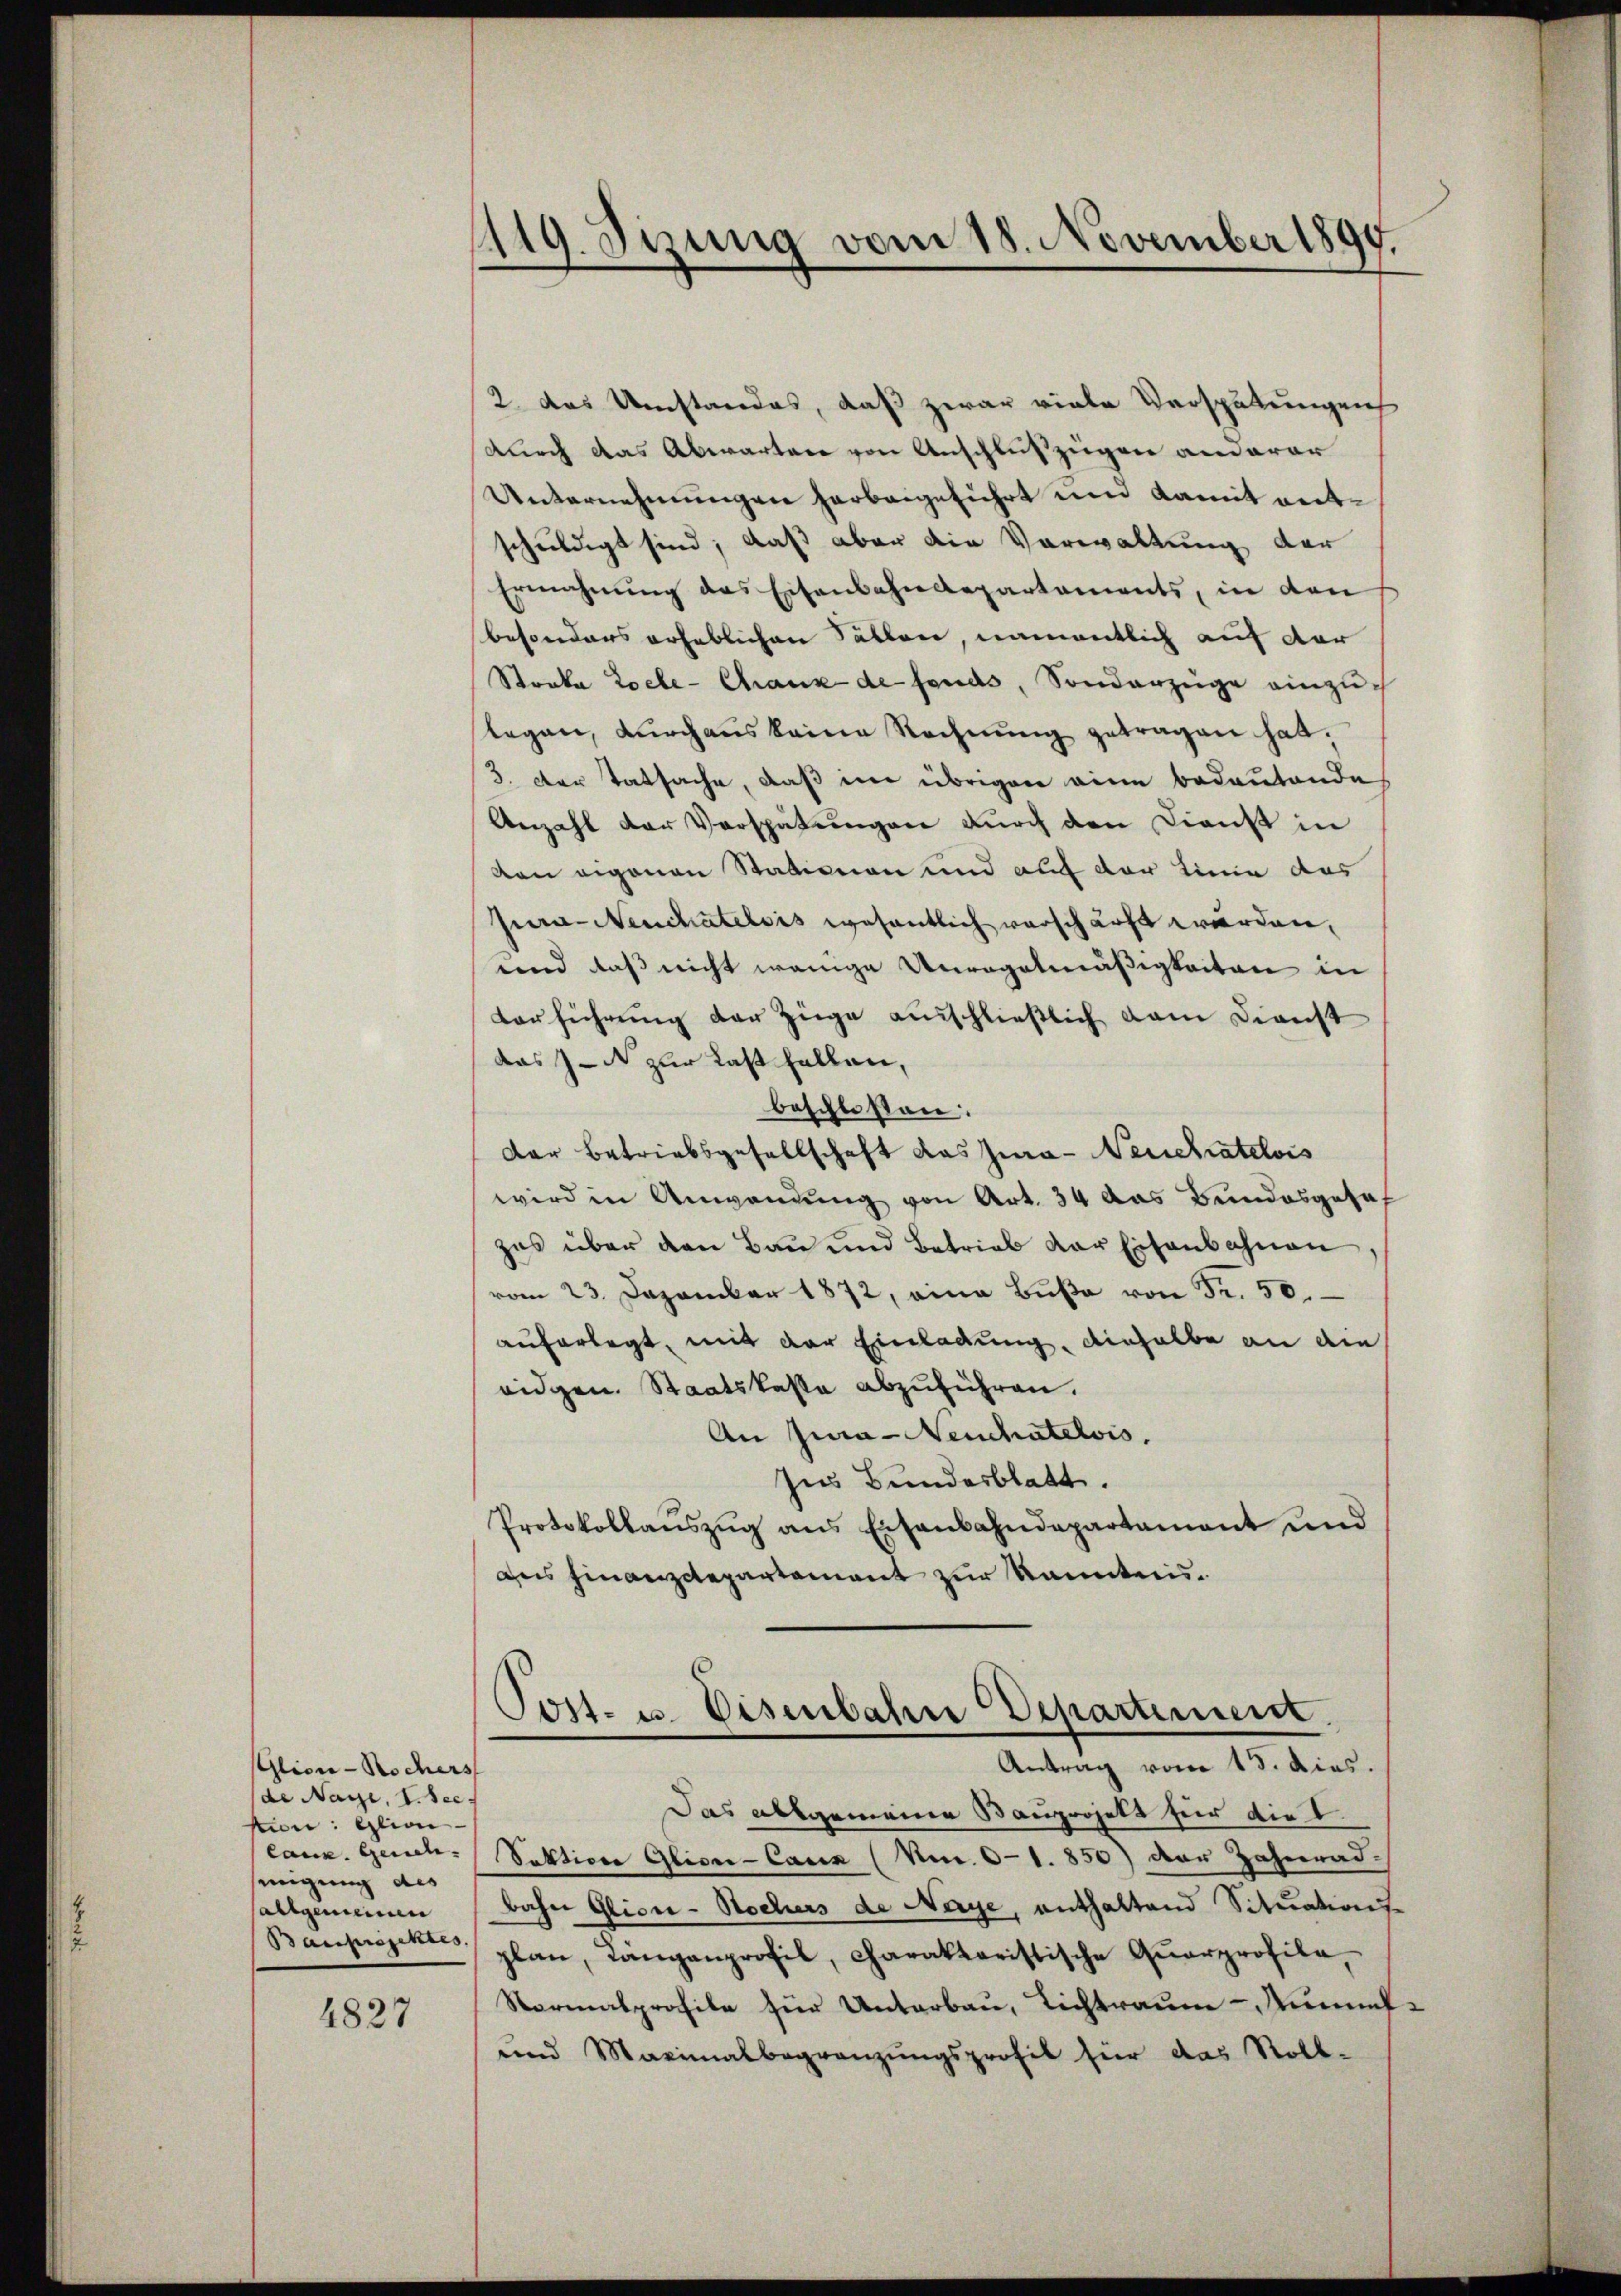
Glion-Rochers
de Nage, I. Sec
stion: Glion
laux. Geneh
sinigung des
Callgemeinen
Bauprojektes.

4827

1119. Jizung vom 18. November 1890.

2 das Umstandes, daß zwar viele Verspätungen
durch das Abwarter von Anschlußzügen anderar
Unternehmungen herbeigeführt und damit entschuldigt sind; daß aber die Verwaltung der
Ermahnung des Eisenbahndepartements, in den
besonders erheblichen Fällen, namentlich auf der
Streke Loche- Chaux de fonds, Sonderzüge einzulegen, durchaus keine Rechnŭng getragen hat.
3. Der Tatsache, daß im übrigen eine bedeutendes
Anzahl der Verspätungen durch den Dienst in
ven eigenen Stationen und auf der Linie aus
Jura- Neuchatelois wesentlich verschärft werden,
end daß nicht wenige Unregelmäßigkeiten in
Verführung der Züge ausschließlich dem Dienst
das J. zur Last fallen,
beschloßen:
Der Betriebsgesellschaft das Jura- Neuchatelois
wird in Anwendung von Art. 34 das Bundesgeseh
zes über den Bau und Betrieb der Eisenbahnen
vom 23. Dezember 1872, eine Bŭβe von Fr. 50.
auferlegt, mit der Einladung, dieselbe an die
eidgen. Staatskasse abzuführen.
An Jura - Neuchatelvis.
Ins Bundesblatt.
Protokollanszŭg ans Eisenbahndepartament und
des Finanzctepartement zur kanntnis¬

Post- u. Eisenbahre Departement.
Antrag vom 15. dies.

Das allgemeine Bauprojekt für die t
Sektion Glion-Cauz (Nr. 61. 850) der Zahnrad-
bahn Glici - Nochers de Nerye, enthaltend Situations
plan, Längenprofil, charakteristische Quarprofila
Normalprofile zur Unterbau, Lichtraum-Kunf¬
und Maximalbegränzŭngsprofil für das Roll-